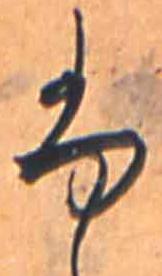
ふ